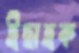
ইছাহক